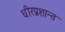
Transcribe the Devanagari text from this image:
धीरप्रशान्त